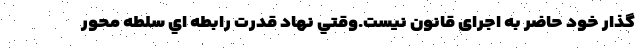
گذار خود حاضر به اجرای قانون نیست.وقتي نهاد قدرت رابطه اي سلطه محور